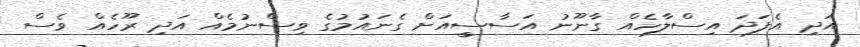
އަދި އެފަދަ އިސްލާހެއް ގާނޫނު އަސާސީއަށް ގެނައުމުގެ ވިސްނުމެއް އަދި ރޫހެއް ވެސް